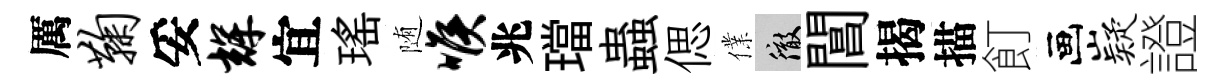
厲鞠妥辉宜瑤随喉兆璫蟲偲㒒徹閶揭描飣画嶷證